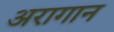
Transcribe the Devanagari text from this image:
अरागान